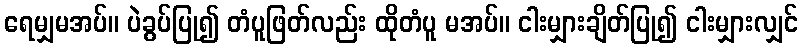
ရေမျှမအပ်။ ပဲခွပ်ပြု၍ တံပူဖြတ်လည်း ထိုတံပူ မအပ်။ ငါးမျှားချိတ်ပြု၍ ငါးမျှားလျှင်